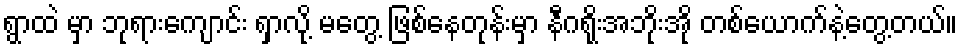
ရွာထဲ မှာ ဘုရားကျောင်း ရှာလို့ မတွေ့ ဖြစ်နေတုန်းမှာ နီဂရိုးအဘိုးအို တစ်ယောက်နဲ့တွေ့တယ်။